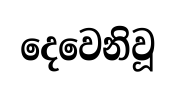
දෙවෙනිවූ